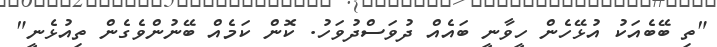
"ތި ބޭބެއަކު އުޅޭހެން ހީވާނީ ބައެއް ދުވަސްދުވަހު. ކޮން ކަމެއް ބޭނުންވެގެން ތިއުޅެނީ"